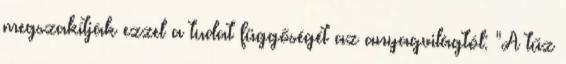
megszakítják ezzel a tudat függőségét az anyagvilágtól: "A tűz